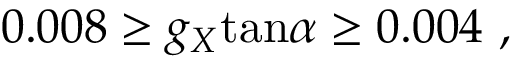
0 . 0 0 8 \ge g _ { X } \mathrm { t a n } \alpha \ge 0 . 0 0 4 ~ ,